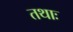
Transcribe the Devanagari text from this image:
तथाः